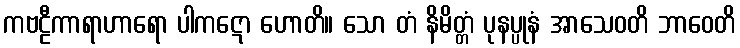
ကဗဠီကာရာဟာရော ပါကဋော ဟောတိ။ သော တံ နိမိတ္တံ ပုနပ္ပုနံ အာသေဝတိ ဘာဝေတိ